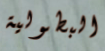
البطولية